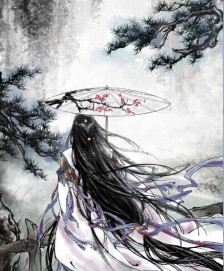
尘缘一点，回首西风又陈迹。